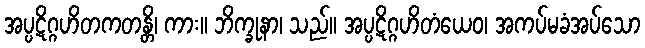
အပ္ပဋိဂ္ဂဟိတကတန္တိ၊ ကား။ ဘိက္ခုနာ၊ သည်။ အပ္ပဋိဂ္ဂဟိတံယေဝ၊ အကပ်မခံအပ်သော